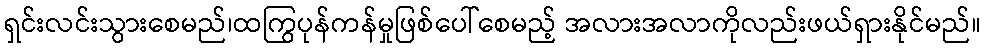
ရှင်းလင်းသွားစေမည်၊ထကြွပုန်ကန်မှုဖြစ်ပေါ်စေမည့် အလားအလာကိုလည်းဖယ်ရှားနိုင်မည်။